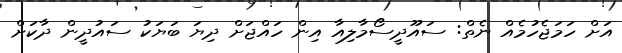
އަށް ހަމަޖެހުމެއް ނެތް: ސައޫދީސޯމާލިއާ އިން ހައްޖަށް ދިޔަ ބަޔަކު ސައުދީން ދާކަށް